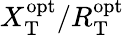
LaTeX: X_{\mathrm{T}}^{\mathrm{opt}}/R_{\mathrm{T}}^{\mathrm{opt}}